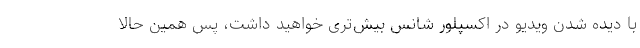
با دیده شدن ویدیو در اکسپلور شانس بیش‌تری خواهید داشت، پس همین حالا